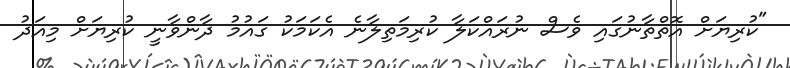
"ކުރިޔަށް އޮތްތާނުގައި ވެސް ނުރައްކަލާ ކުރިމަތިލާނެ އެކަމަކު ގައުމު ދާންވާނީ ކުރިޔަށް މިއަދު